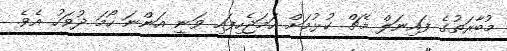
މުބާރަތުގެ ފައިނަލް މެޗް ކުޅުމަށް ހަމަޖެހިފައި ވަނީ އަންނަ ހޯމަ ދުވަހު އެވެ.